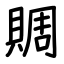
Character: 賙